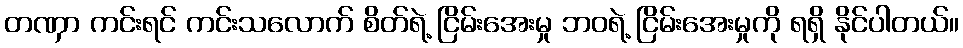
တဏှာ ကင်းရင် ကင်းသလောက် စိတ်ရဲ့ ငြိမ်းအေးမှု ဘဝရဲ့ ငြိမ်းအေးမှုကို ရရှိ နိုင်ပါတယ်။